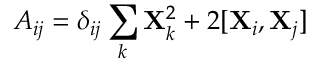
A _ { i j } = \delta _ { i j } \sum _ { k } { \bf X } _ { k } ^ { 2 } + 2 [ { \bf X } _ { i } , { \bf X } _ { j } ]